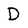
Character: D